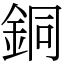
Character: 銅